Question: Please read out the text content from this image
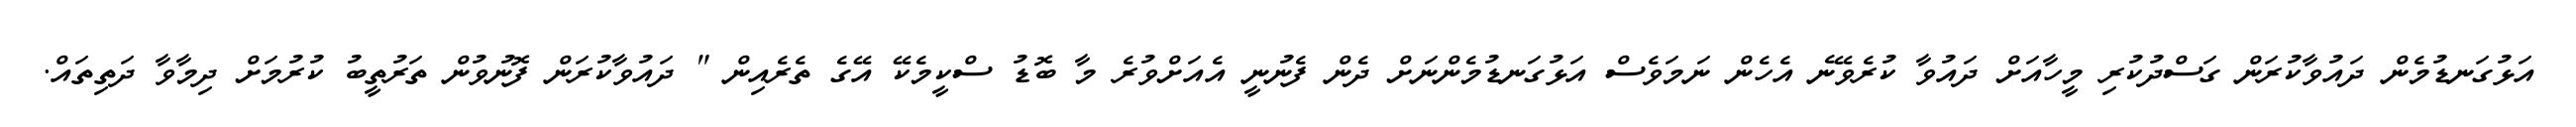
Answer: އަޅުގަނޑުމެން ދައުވާކުރަން ގަސްދުކުރި މީހާއަށް ދައުވާ ކުރެވޭނެ އެހެން ނަމަވެސް އަޅުގަނޑުމެންނަށް ދެން ފެނުނީ އެއަށްވުރެ މާ ބޮޑު ސްކީމެކޭ އޭގެ ތެރެއިން " ދައުވާކުރަން ފޮނުވުން ތަރުތީބު ކުރުމަށް ދިމާވާ ދަތިތައް.